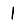
Digit: 1